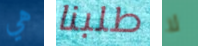
هي طلبنا لا